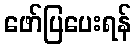
ဖော်ပြပေးရန်